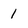
Character: 1